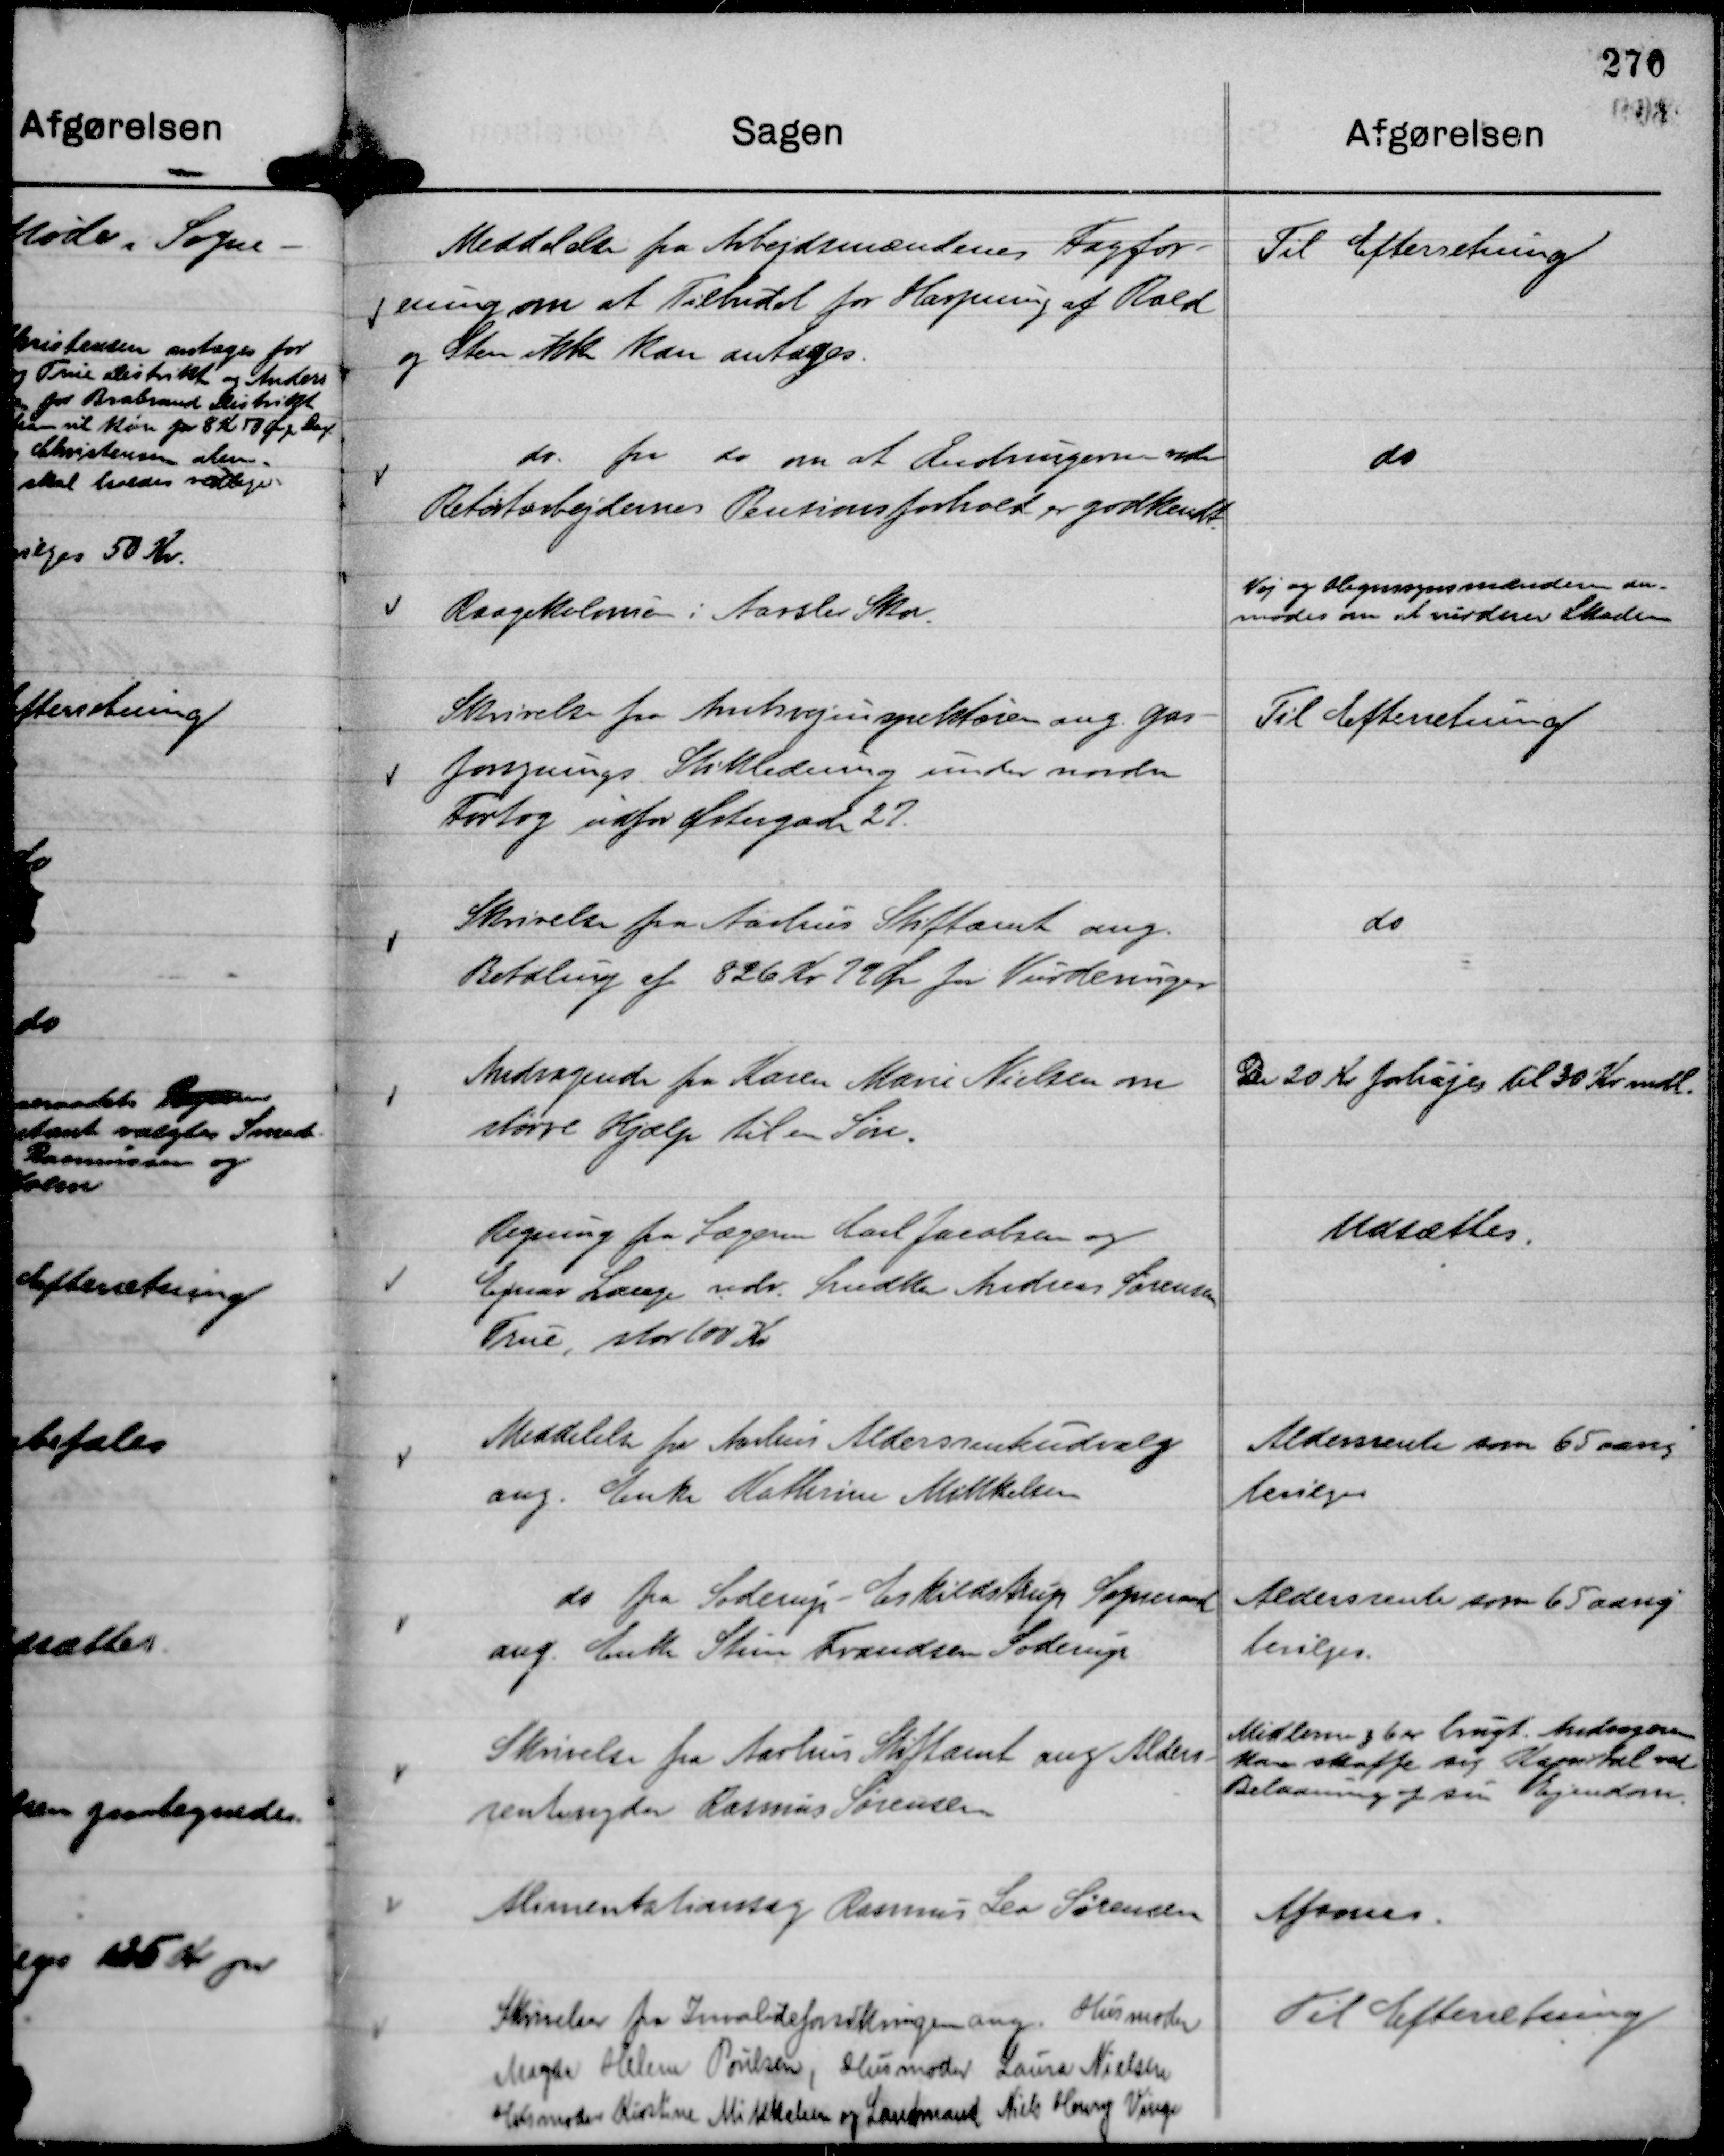
Transskription:
Meddelelse fra Arbejdsmændenes Fagfor-
ening om at Tilbudet for Harpning af Rald
og Sten ikke kan antages.

Til Efterretning

do. fra do om at Ændringerne vedr
Retortarbejdernes Pensionsforhold er godkendt.

do

Raagekolonien i Aarslev Skov.

Vej og Hegnssynsmændene an-
modes om at vurderer Skaden

Skrivelse fra Amtsvejinspektøren ang. Gas-
forsynings Stikledning under nordre
Fortog udfor Østergade 27.

Til Efterretning

Skrivelse fra Aarhus Stiftamt ang.
Betaling af 826 Kr 22 Ør for Vurderinger

do

Andragende fra Karen Marie Nielsen om
større Hjælp til en Søn.

De 20 Kr forhøjes til 30 Kr mdl.

Regning fra Lægerne Carl Jacobsen og
Ejnar Lange vedr. Snedker Andreas Sørensen,
True, stor 100 Kr

Udsættes.

Meddelelse fra Aarhus Aldersrenteudvalg
ang. Enke Kathrine Mikkelsen

Aldersrente som 65 aarig
bevilges

do fra Soderup - Eskildstrup Sogneraad
ang. Enke Stine Frandsen Soderup

Aldersrente som 65 aarig
bevilges.

Skrivelse fra Aarhus Stiftamt ang. Alders-
rentenyder Rasmus Sørensen

Midlerne § 6 er brugt. Andrageren
kan skaffe sig Kapital ved
Belaaning af sin Ejendom.

Alimentationssag Rasmus Leo Sørensen

Afsones.

Skrivelser fra Invalideforsikringen ang. Husmoder
Magda Helene Poulsen, Husmoder Laura Nielsen
Husmoder Kirstine Mikkelsen og Landmand Niels Henry Vinge

Til Efteretning